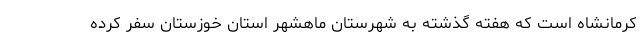
کرمانشاه است که هفته گذشته به شهرستان‌ ماهشهر استان خوزستان سفر کرده